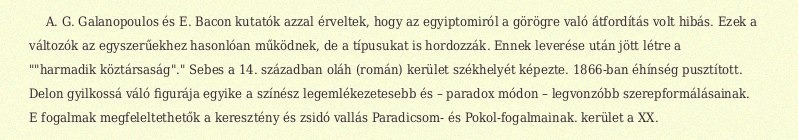
A. G. Galanopoulos és E. Bacon kutatók azzal érveltek, hogy az egyiptomiról a görögre való átfordítás volt hibás. Ezek a változók az egyszerűekhez hasonlóan működnek, de a típusukat is hordozzák. Ennek leverése után jött létre a ""harmadik köztársaság"." Sebes a 14. században oláh (román) kerület székhelyét képezte. 1866-ban éhínség pusztított. Delon gyilkossá váló figurája egyike a színész legemlékezetesebb és – paradox módon – legvonzóbb szerepformálásainak. E fogalmak megfeleltethetők a keresztény és zsidó vallás Paradicsom- és Pokol-fogalmainak. kerület a XX.